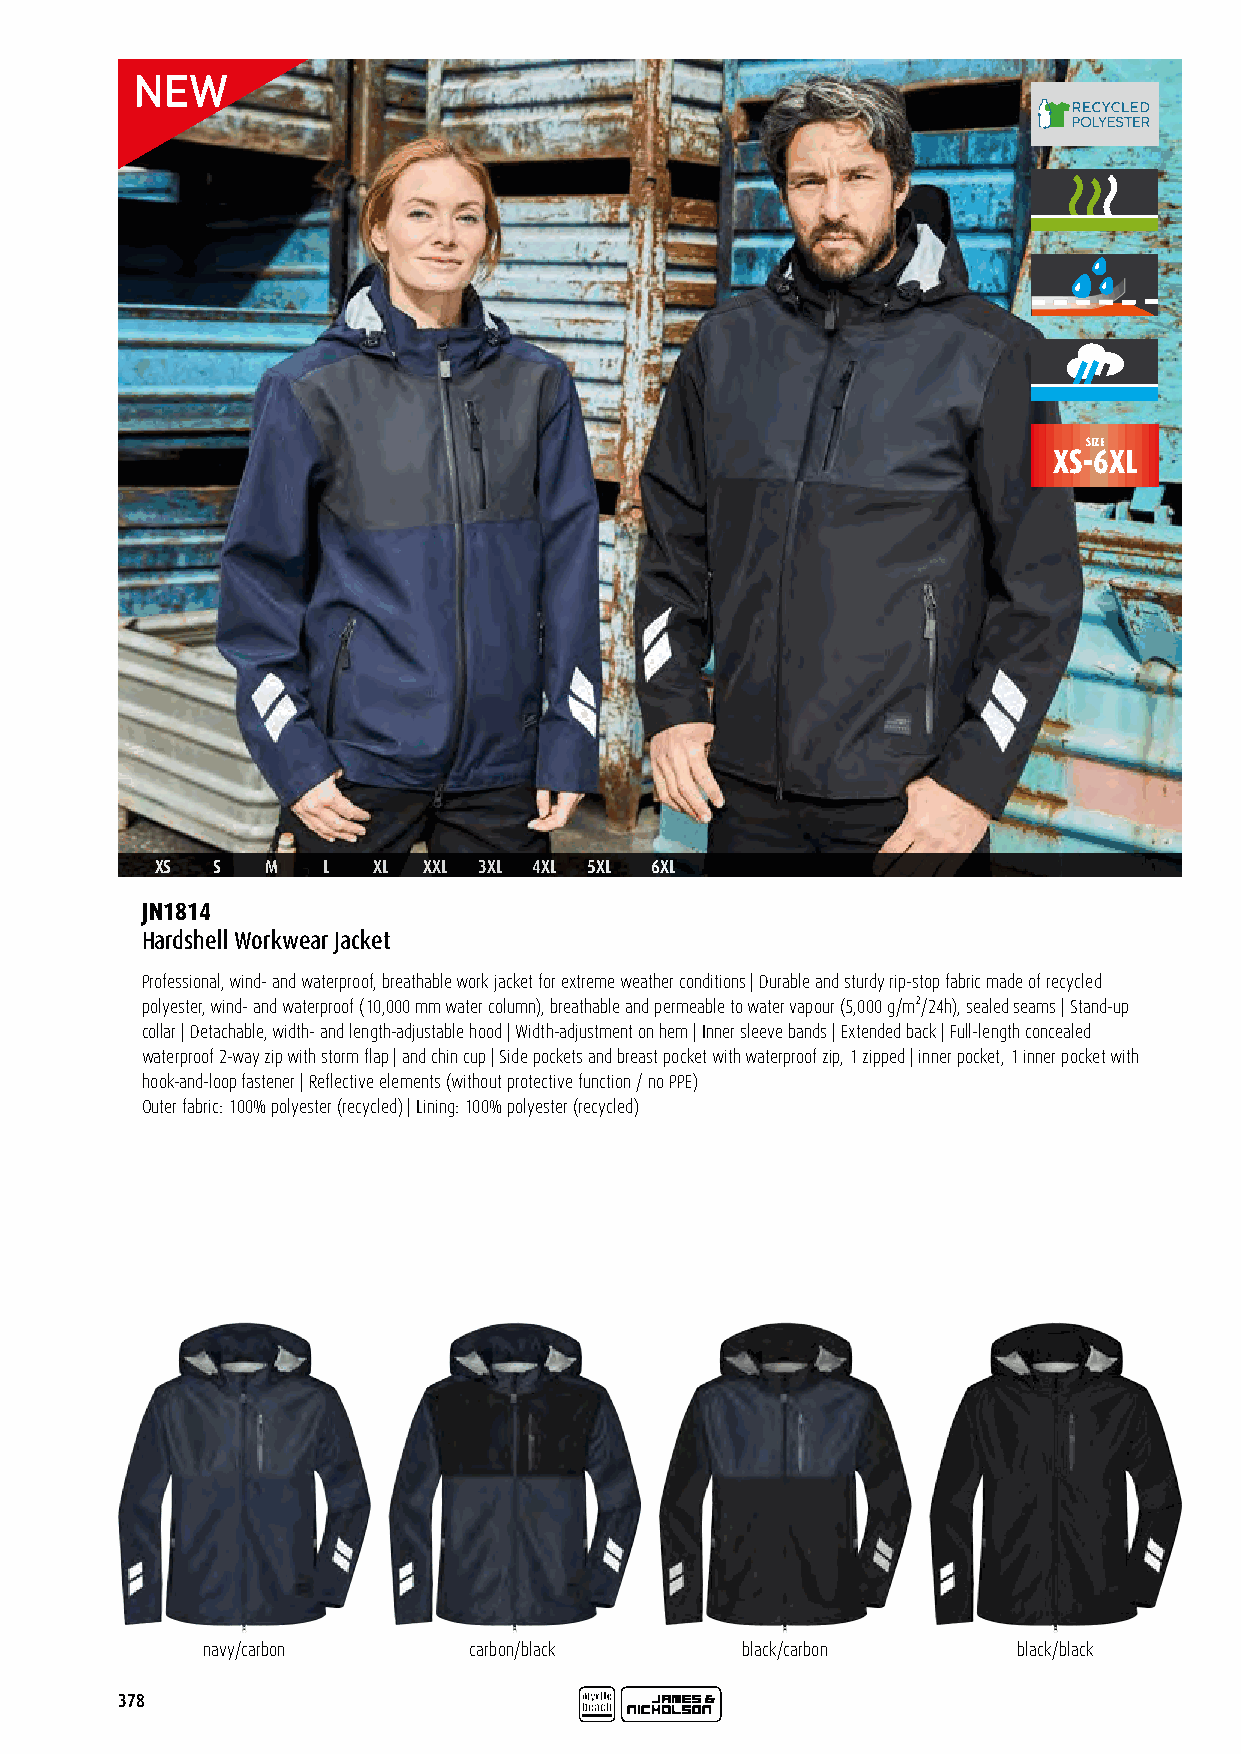
SIZE
 XS-6XL
 XS  S   M  L   XL XXL 3XL 4XL 5XL 6XL
 JN1814
 Hardshell Workwear Jacket
 Professional, wind- and waterproof, breathable work jacket for extreme weather conditions | Durable and sturdy rip-stop fabric made of recycled
 polyester, wind- and waterproof (10,000 mm water column), breathable and permeable to water vapour (5,000 g/m²/24h), sealed seams | Stand-up
 collar | Detachable, width- and length-adjustable hood | Width-adjustment on hem | Inner sleeve bands | Extended back | Full-length concealed
 waterproof 2-way zip with storm flap | and chin cup | Side pockets and breast pocket with waterproof zip, 1 zipped | inner pocket, 1 inner pocket with
 hook-and-loop fastener | Reflective elements (without protective function / no PPE)
 Outer fabric: 100% polyester (recycled) | Lining: 100% polyester (recycled)
 navy/carbon       carbon/black      black/carbon      black/black
 378